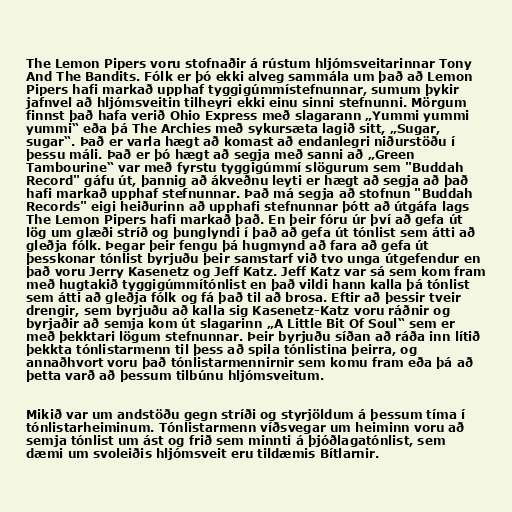
The Lemon Pipers voru stofnaðir á rústum hljómsveitarinnar Tony
And The Bandits. Fólk er þó ekki alveg sammála um það að Lemon
Pipers hafi markað upphaf tyggigúmmístefnunnar, sumum þykir
jafnvel að hljómsveitin tilheyri ekki einu sinni stefnunni. Mörgum
finnst það hafa verið Ohio Express með slagarann „Yummi yummi
yummi“ eða þá The Archies með sykursæta lagið sitt, „Sugar,
sugar“. Það er varla hægt að komast að endanlegri niðurstöðu í
þessu máli. Það er þó hægt að segja með sanni að „Green
Tambourine“ var með fyrstu tyggigúmmí slögurum sem "Buddah
Record" gáfu út, þannig að ákveðnu leyti er hægt að segja að það
hafi markað upphaf stefnunnar. Það má segja að stofnun "Buddah
Records" eigi heiðurinn að upphafi stefnunnar þótt að útgáfa lags
The Lemon Pipers hafi markað það. En þeir fóru úr því að gefa út
lög um glæði stríð og þunglyndi í það að gefa út tónlist sem átti að
gleðja fólk. Þegar þeir fengu þá hugmynd að fara að gefa út
þesskonar tónlist byrjuðu þeir samstarf við tvo unga útgefendur en
það voru Jerry Kasenetz og Jeff Katz. Jeff Katz var sá sem kom fram
með hugtakið tyggigúmmítónlist en það vildi hann kalla þá tónlist
sem átti að gleðja fólk og fá það til að brosa. Eftir að þessir tveir
drengir, sem byrjuðu að kalla sig Kasenetz-Katz voru ráðnir og
byrjaðir að semja kom út slagarinn „A Little Bit Of Soul“ sem er
með þekktari lögum stefnunnar. Þeir byrjuðu síðan að ráða inn lítið
þekkta tónlistarmenn til þess að spila tónlistina þeirra, og
annaðhvort voru það tónlistarmennirnir sem komu fram eða þá að
þetta varð að þessum tilbúnu hljómsveitum.

Mikið var um andstöðu gegn stríði og styrjöldum á þessum tíma í
tónlistarheiminum. Tónlistarmenn víðsvegar um heiminn voru að
semja tónlist um ást og frið sem minnti á þjóðlagatónlist, sem
dæmi um svoleiðis hljómsveit eru tildæmis Bítlarnir.